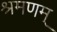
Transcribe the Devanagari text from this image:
श्रमणम्